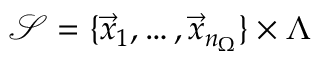
\mathcal { S } = \{ \vec { x } _ { 1 } , \hdots , \vec { x } _ { n _ { \Omega } } \} \times \Lambda